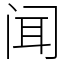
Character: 闻